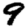
Digit: 9